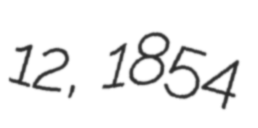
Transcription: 12, 1854